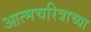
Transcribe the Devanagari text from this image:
आत्मचरित्राच्या